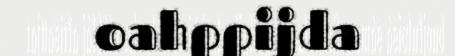
oahppijda